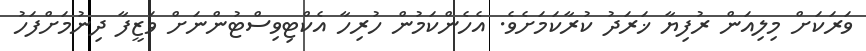
ވަރަކަށް މިލިއަން ރުފިޔާ ޚަރަދު ކުރާކަމަށެވެ. އެހެންކަމުން ހުރިހާ އެކްޓިވިސްޓުންނަށް ވަޒީފާ ދިނުމަށްފަހު